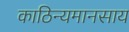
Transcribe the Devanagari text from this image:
काठिन्यमानसाय